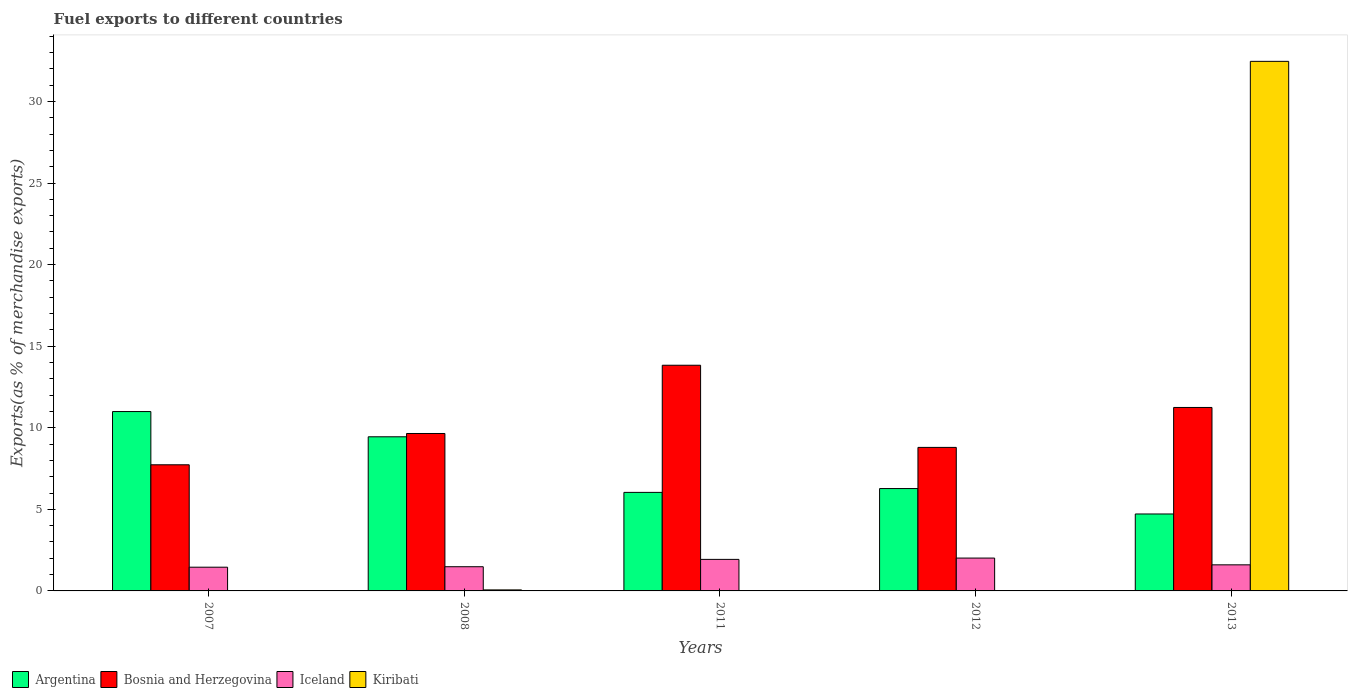
| Years | Argentina | Bosnia and Herzegovina | Iceland | Kiribati |
 | --- | --- | --- | --- | --- |
 | 2007 | 11 | 7.73 | 1.45 | 0.000246 |
 | 2008 | 9.45 | 9.65 | 1.48 | 0.0629 |
 | 2011 | 6.04 | 13.8 | 1.93 | 0.000116 |
 | 2012 | 6.27 | 8.8 | 2.01 | 0.000172 |
 | 2013 | 4.72 | 11.2 | 1.6 | 32.5 |